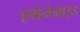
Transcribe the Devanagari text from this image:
एथेनेमाइड